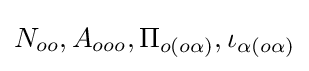
N_{oo},A_{ooo},\Pi _{o(o\alpha )},\iota _{\alpha (o\alpha )}